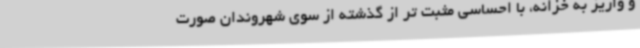
و واریز به خزانه، با احساسی مثبت تر از گذشته از سوی شهروندان صورت